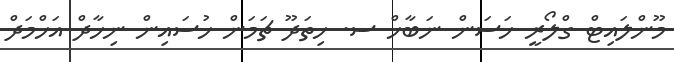
މޫންލައިޓް ގްލޯރީ ހަސަން ނަބާހް ސ. ހިތަދޫ ޗަމަން ހުސައިން ނިހާދް އަހްމަދް